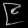
Digit: ၉